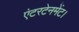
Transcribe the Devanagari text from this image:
एंटरटेनमेंट।